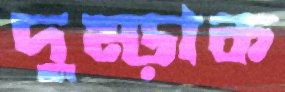
দুম্‌ড়াক